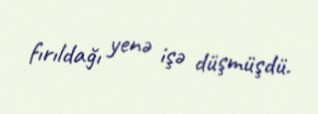
fırıldağı yenə işə düşmüşdü.